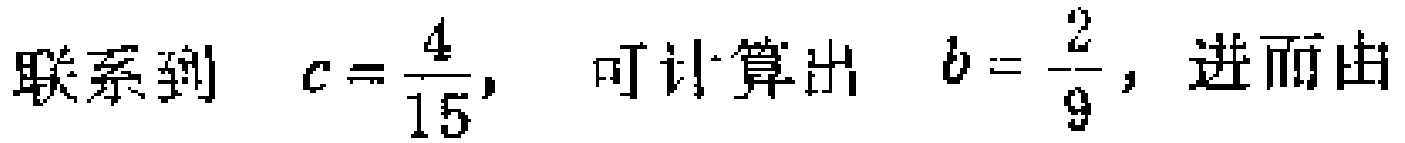
联系到 \(c = \frac{4}{15}\)，可计算出 \(b = \frac{2}{9}\)，进而由